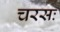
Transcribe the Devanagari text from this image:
चरसः